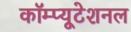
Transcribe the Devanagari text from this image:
कॉम्प्यूटेशनल